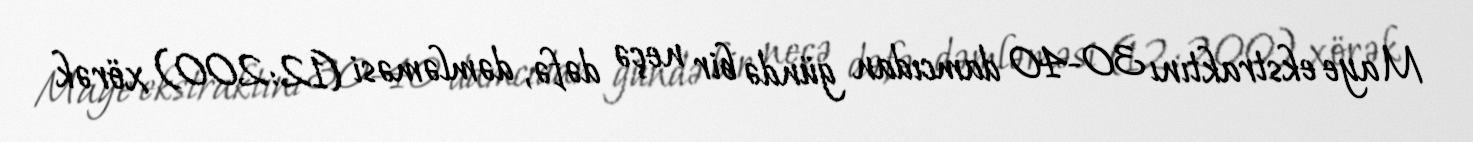
Maye ekstraktını 30-40 damcıdan gündə bir neçə dəfə, dəmləməsi (12:200) xörək